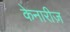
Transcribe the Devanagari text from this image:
केनारीज़